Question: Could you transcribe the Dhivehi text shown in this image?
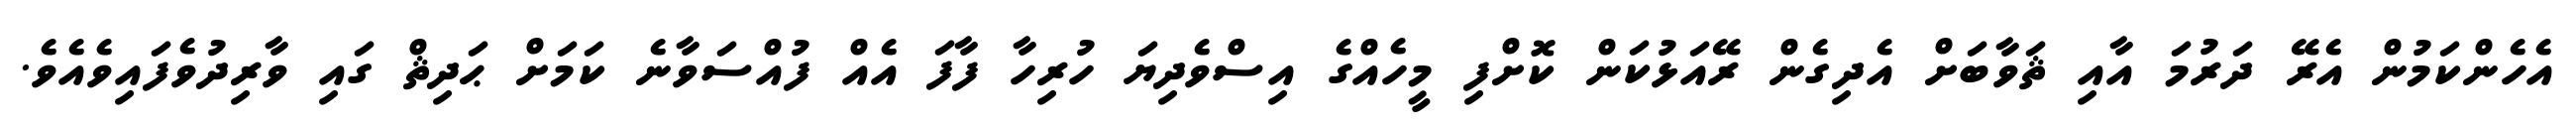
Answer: އެހެންކަމުން އެރޭ ދަރުމަ އާއި ޘަވާބަށް އެދިގެން ރޭއަޅުކަން ކޮށްފި މީހެއްގެ އިސްވެދިޔަ ހުރިހާ ފާފަ އެއް ފުއްސަވާނެ ކަމަށް ޙަދިޘް ގައި ވާރިދުވެފައިވެއެވެ.